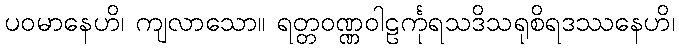
ပဝမာနေဟိ၊ ကျလာသော။ ရတ္တဝဏ္ဏဝါဠင်္ကုရသဒိသရုစိရဒဿနေဟိ၊